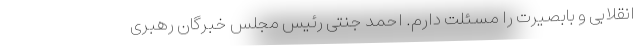
انقلابی و بابصیرت را مسئلت دارم. احمد جنتی رئیس مجلس خبرگان رهبری